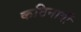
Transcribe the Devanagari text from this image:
कठिनायीँ